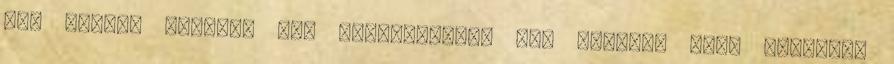
nem mintha zavarna Ja, megfigyelted már mennyit kell suttogni